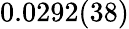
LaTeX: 0.0292(38)